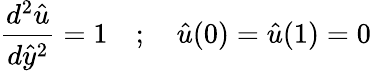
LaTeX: {\frac{d^{2}{\hat{u}}}{d{\hat{y}}^{2}}}=1\quad;\quad{\hat{u}}(0)={\hat{u}}(1)=0